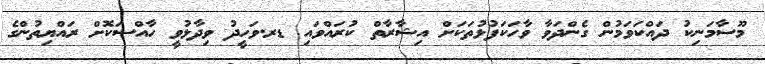
މޫސާމަނިކު ދައްކަވަމުން ގެންދަވާ ވާހަކަފުޅުތަކަށް އިޝާރާތް ކުރައްވައި ޑރ.ވަހީދު ވިދާޅުވީ ހާއްސަކޮށް ރައްޔިތުންގެ